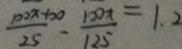
\frac { 1 0 0 x - 1 0 0 } { 2 5 } - \frac { 1 0 0 x } { 1 2 5 } = 1 . 2